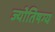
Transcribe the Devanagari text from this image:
ज्योतिषग्य